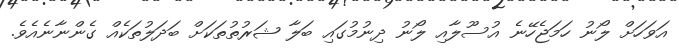
އަވަހަށް ލޯނު ހަމަޖެހޭނެ އުސޫލާއި ލޯނު ދިނުމުގަައި ބަލާ ޝަރުތުތަކަށް ބަދަލުތަކެއް ގެންނާނެއެވެ.